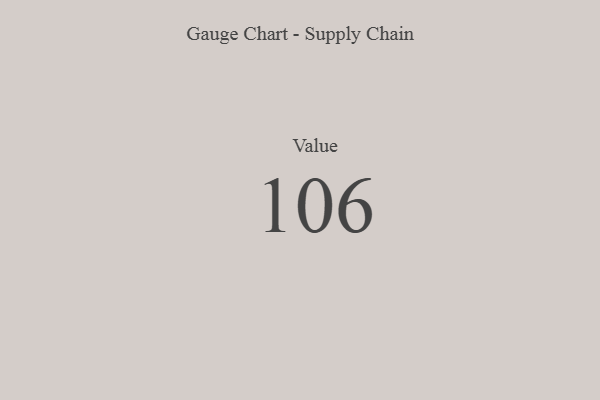
{"axis": {"x": "Metric", "y": "Value"}, "legend": [""], "data": [{"x": "Value", "y": 106, "type": ""}]}